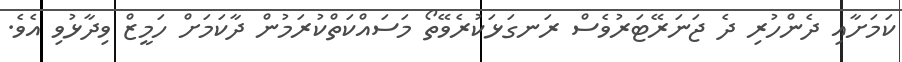
ކަމަށާއި ދެންހުރި ދެ ޖަނަރޭޓަރުވެސް ރަނގަޅަކުރެވޭތޯ މަސައްކަތްކުރަމުން ދާކަމަށް ހަމީޒް ވިދާޅުވި އެވެ.